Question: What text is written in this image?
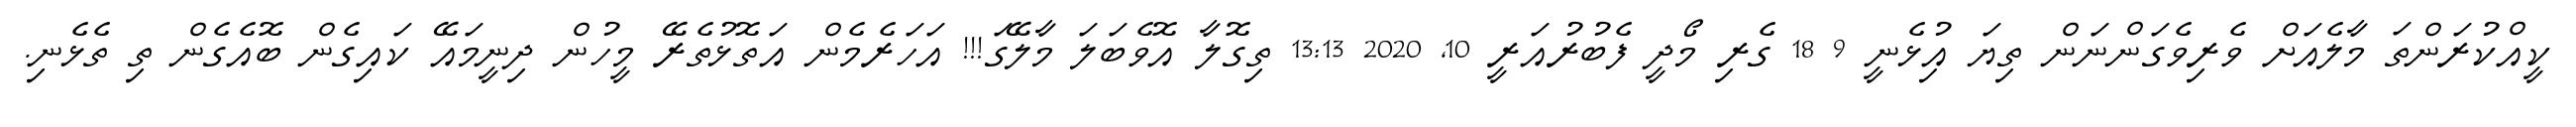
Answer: ކީއްކުރަންތަ މާލެއަށް ވެރިވެގަންނަން ތިޔަ އިުޅެނީ 9 18 ގެރި މޯދީ ފެބުރުއަރީ 10, 2020 13:13 ތިގޮލާ އޮވެބަލަ މާލޭގަ!!! އަހަރެމެން އަތޮޅުތެރޭ މީހުން ދިނީމައޭ ކައިގެން ބޮއެގެން ތި ތެޅެނި.